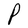
Character: P